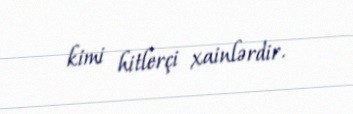
kimi hitlerçi xainlərdir.